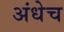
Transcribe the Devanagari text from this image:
अंधेच